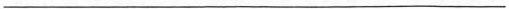
___